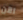
الآن